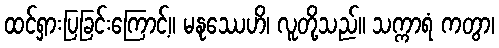
ထင်ရှားပြခြင်းကြောင့်။ မနုဿေဟိ၊ လူတို့သည်။ သက္ကာရံ ကတွာ၊